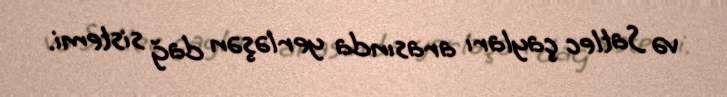
və Satlec çayları arasında yerləşən dağ sistemi.